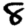
Digit: 8